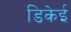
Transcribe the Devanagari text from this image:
डिकेई